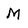
Character: M